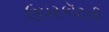
ઉપરકૉટની